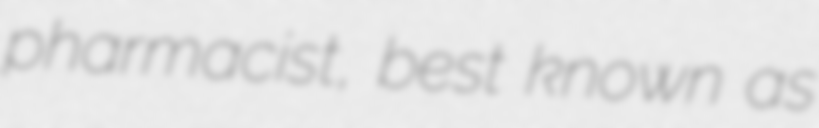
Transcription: pharmacist, best known as